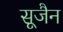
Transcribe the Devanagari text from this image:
सूजैन